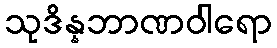
သုဒိန္နဘာဏဝါရော